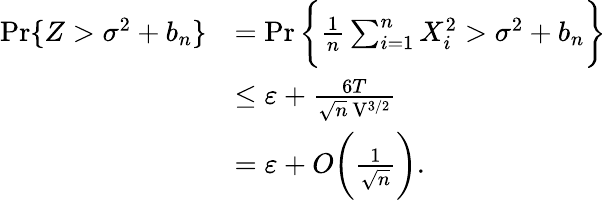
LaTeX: \begin{array}{rl}{\operatorname*{Pr}\{ Z>\sigma^{2}+b_{n}\} }&{=\operatorname*{Pr}\bigg\{ \frac{1}{n}\sum_{i=1}^{n}X_{i}^{2}>\sigma^{2}+b_{n}\bigg\} }\\ &{\leq\varepsilon+\frac{6T}{\sqrt{n}\, \mathrm{V}^{3/2}}}\\ &{=\varepsilon+O\bigg(\frac{1}{\sqrt{n}}\bigg).}\end{array}